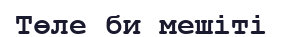
Төле би мешіті